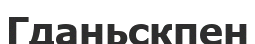
Гданьскпен